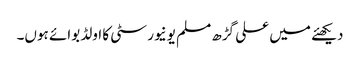
دیکھئے میں علی گڑھ مسلم یونیورسٹی کا اولڈ بوائے ہوں۔